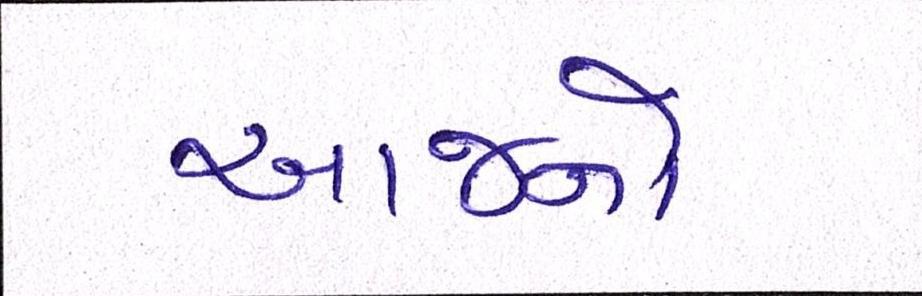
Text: આજનો